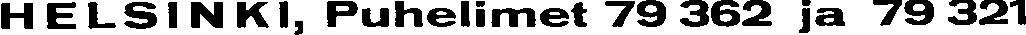
HELSINKI, Puhelimet 79 362 ja 79 321